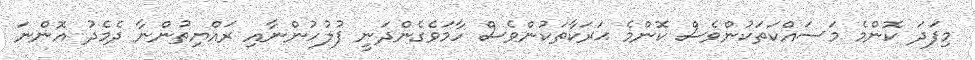
މިފަދަ ކޮންމެ މަސައްކަތަކުންވެސް ކޮންމެ ޙަރަކާތަކުންވެސް ހާމަވެގެންދަނީ ފުލުހުންނާއި ރައްޔިތުންނާ ދެމެދު އޮންނަ